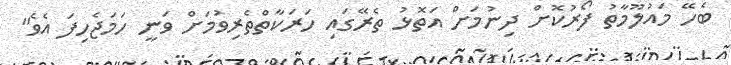
ބެހޭ މައުލޫމާތު ފޯރުކޮށް ދިނުމަށް އަތޮޅު ތެރޭގައި ހަރަކާތްތެރިވުމަށް ވަނީ ހަމަޖެހިފަ އެވެ"